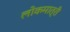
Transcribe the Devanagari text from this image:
लोकमात्री